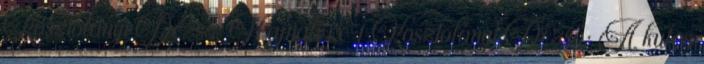
Kosztolányi Dezső: Hajnali ré 1 Kosztolányi Dezső: A kulcs